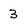
Character: 3